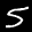
Label: 5